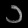
Digit: ၁